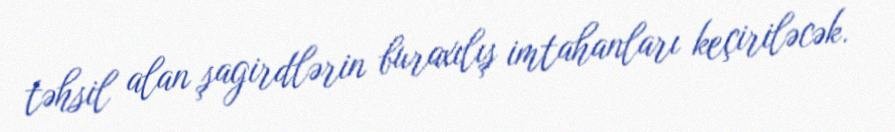
təhsil alan şagirdlərin buraxılış imtahanları keçiriləcək.